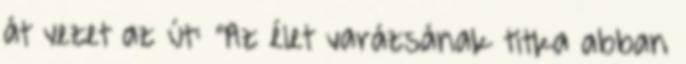
át vezet az út: "Az élet varázsának titka abban